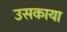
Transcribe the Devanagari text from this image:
उसकाया